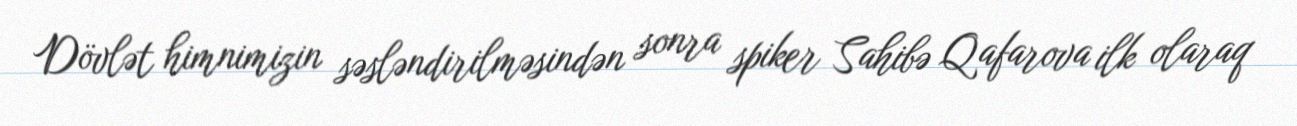
Dövlət himnimizin səsləndirilməsindən sonra spiker Sahibə Qafarova ilk olaraq